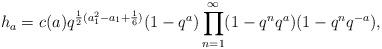
LaTeX: \begin{align*}h_a = c(a)q^{\frac{1}{2} (a_1^2 - a_1 + \frac{1}{6})}(1-q^a)\prod_{n=1}^\infty (1-q^nq^a)(1-q^nq^{-a}),\end{align*}